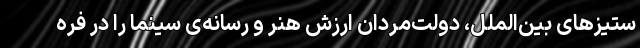
ستیزهای بین‌الملل، دولت‌مردان ارزشِ هنر و رسانه‌ی سینما را در فره